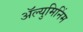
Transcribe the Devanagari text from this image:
ॲल्युमिनिंम